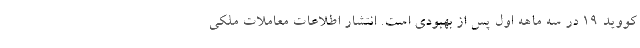
کووید ۱۹ در سه ماهه اول پس از بهبودی است. انتشار اطلاعات معاملات ملکی